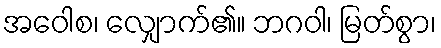
အဝေါစ၊ လျှောက်၏။ ဘဂဝါ၊ မြတ်စွာ၊